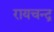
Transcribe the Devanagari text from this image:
रायचन्द्र